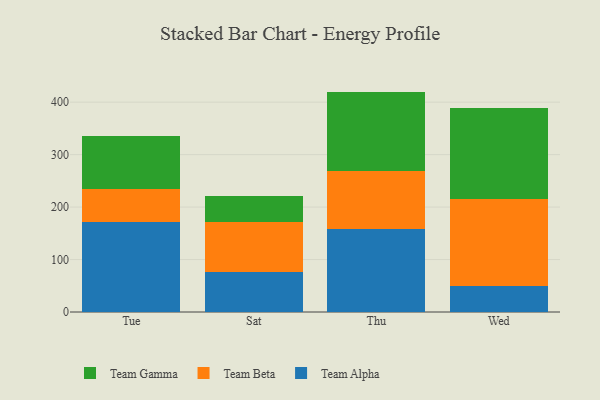
{"axis": {"x": "Day", "y": "Production Output"}, "legend": ["Team Alpha", "Team Beta", "Team Gamma"], "data": [{"x": "Tue", "y": 172.4, "type": "Team Alpha"}, {"x": "Tue", "y": 62.9, "type": "Team Beta"}, {"x": "Tue", "y": 100.3, "type": "Team Gamma"}, {"x": "Sat", "y": 75.5, "type": "Team Alpha"}, {"x": "Sat", "y": 96.1, "type": "Team Beta"}, {"x": "Sat", "y": 49.0, "type": "Team Gamma"}, {"x": "Thu", "y": 157.3, "type": "Team Alpha"}, {"x": "Thu", "y": 111.4, "type": "Team Beta"}, {"x": "Thu", "y": 151.4, "type": "Team Gamma"}, {"x": "Wed", "y": 50.1, "type": "Team Alpha"}, {"x": "Wed", "y": 164.4, "type": "Team Beta"}, {"x": "Wed", "y": 174.5, "type": "Team Gamma"}]}